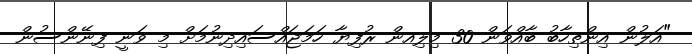
"އަލުން އިންތިހާބު ބާއްވަން 30 މިލިއން ރުފިޔާ ހަމަޖައްސައިދިނުމަށް މި ވަނީ ފިނޭންސުން